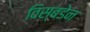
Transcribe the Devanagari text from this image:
विस्बडेन